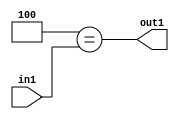
`timescale 1ps / 1ps
/*****************************************************************************
    Verilog RTL Description
    
    
    Created by: Stratus DpOpt 2019.1.01 
*******************************************************************************/

module cache_Eqi4u8_4 (
	in1,
	out1
	); /* architecture "behavioural" */ 
input [7:0] in1;
output  out1;
wire  asc001;

assign asc001 = (13'B0000000000100==in1);

assign out1 = asc001;
endmodule

/* CADENCE  urX0TQE= : u9/ySgnWtBlWxVPRXgAZ4Og= ** DO NOT EDIT THIS LINE ******/